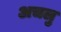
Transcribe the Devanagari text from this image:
अचलु